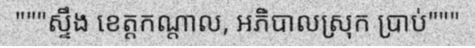
"""ស្ទឹង ខេត្តកណ្តាល, អភិបាលស្រុក ប្រាប់"""